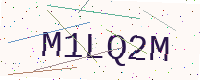
Text: M1LQ2M